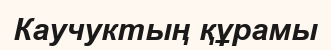
Каучуктың құрамы